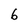
Character: 6